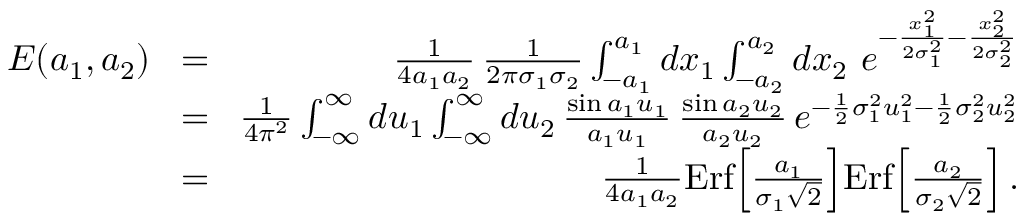
\begin{array} { r l r } { E ( a _ { 1 } , a _ { 2 } ) } & { \! = \! } & { { \frac { 1 } { 4 a _ { 1 } a _ { 2 } } } \, { \frac { 1 } { 2 \pi \sigma _ { 1 } \sigma _ { 2 } } } \int _ { - a _ { 1 } } ^ { a _ { 1 } } d x _ { 1 } \int _ { - a _ { 2 } } ^ { a _ { 2 } } d x _ { 2 } \ e ^ { - { \frac { x _ { 1 } ^ { 2 } } { 2 \sigma _ { 1 } ^ { 2 } } } - { \frac { x _ { 2 } ^ { 2 } } { 2 \sigma _ { 2 } ^ { 2 } } } } } \\ & { \! = \! } & { { \frac { 1 } { 4 \pi ^ { 2 } } } \int _ { - \infty } ^ { \infty } d u _ { 1 } \int _ { - \infty } ^ { \infty } d u _ { 2 } \, { \frac { \sin a _ { 1 } u _ { 1 } } { a _ { 1 } u _ { 1 } } } \, { \frac { \sin a _ { 2 } u _ { 2 } } { a _ { 2 } u _ { 2 } } } \, e ^ { - { \frac { 1 } { 2 } } \sigma _ { 1 } ^ { 2 } u _ { 1 } ^ { 2 } - { \frac { 1 } { 2 } } \sigma _ { 2 } ^ { 2 } u _ { 2 } ^ { 2 } } } \\ & { \! = \! } & { { \frac { 1 } { 4 a _ { 1 } a _ { 2 } } } \mathrm { E r f } \Big [ { \frac { a _ { 1 } } { \sigma _ { 1 } \sqrt 2 } } \Big ] \mathrm { E r f } \Big [ { \frac { a _ { 2 } } { \sigma _ { 2 } \sqrt 2 } } \Big ] \, . } \end{array}